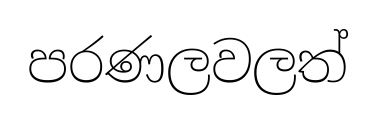
පරණලවලත්